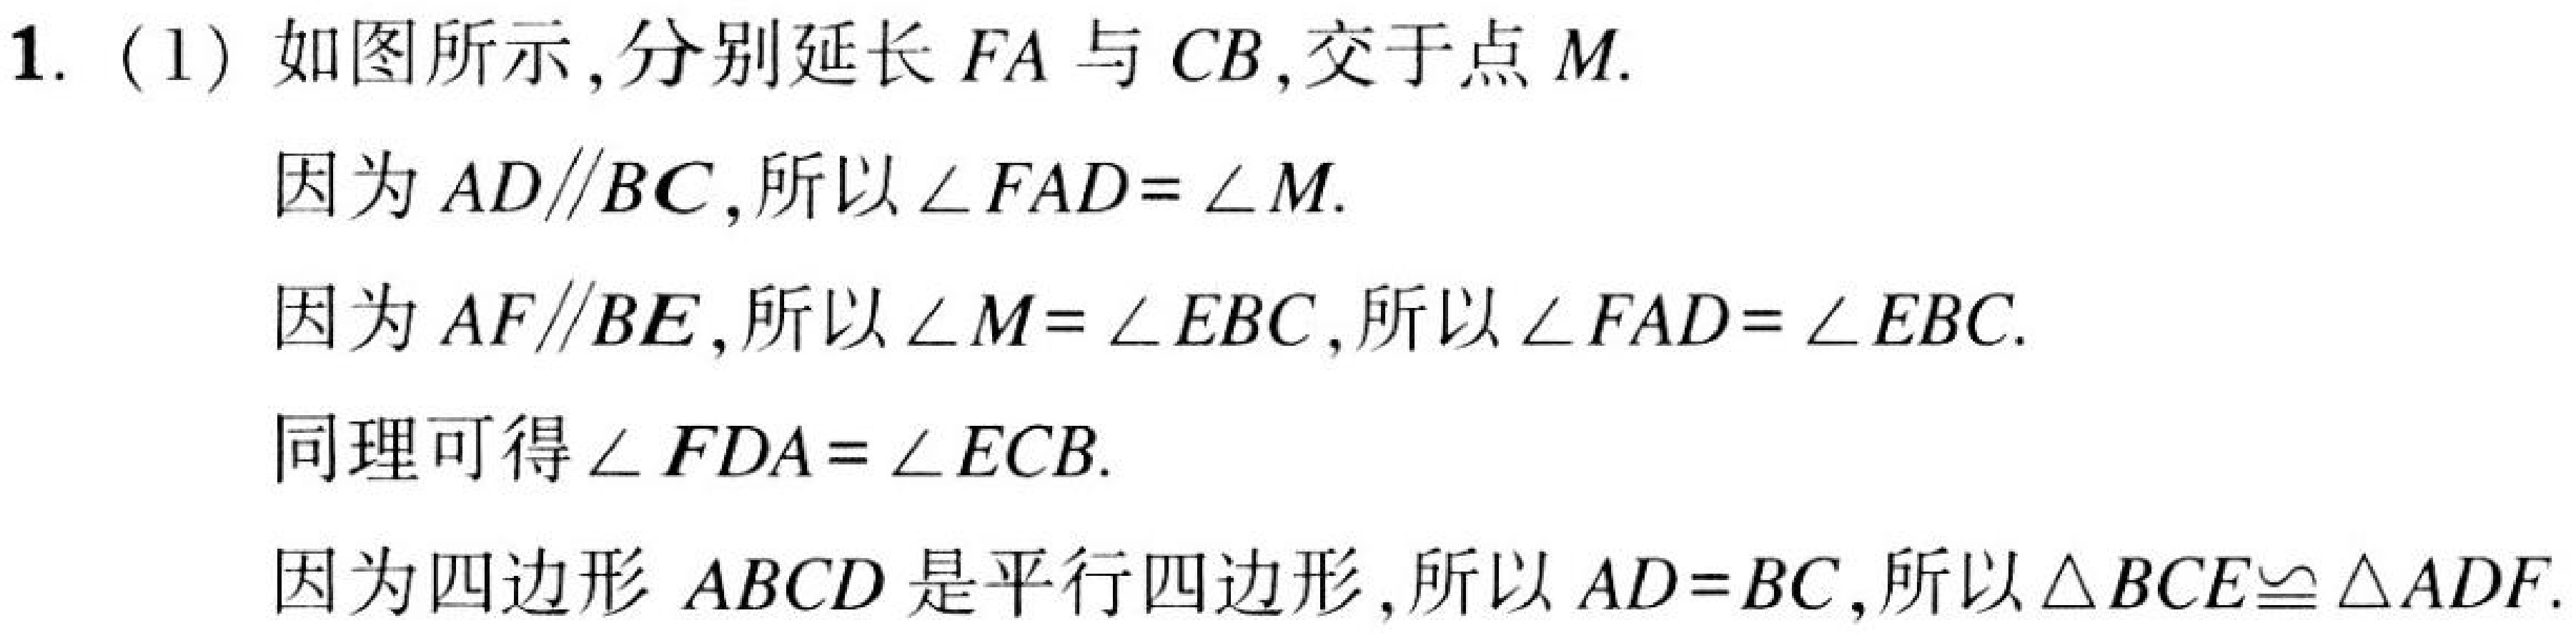
1. (1) 如图所示,分别延长 \(FA\) 与 \(CB\),交于点 \(M\).
因为 \(AD\parallel BC\),所以 \(\angle FAD = \angle M\).
因为 \(AF\parallel BE\),所以 \(\angle M=\angle EBC\),所以 \(\angle FAD=\angle EBC\).
同理可得 \(\angle FDA = \angle ECB\).
因为四边形 \(ABCD\) 是平行四边形,所以 \(AD = BC\),所以 \(\triangle BCE\cong\triangle ADF\).